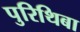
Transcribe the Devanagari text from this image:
पुरिथिबा